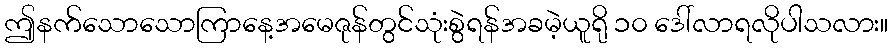
ဤနက်သောသောကြာနေ့အမေဇုန်တွင်သုံးစွဲရန်အခမဲ့ယူရို ၁၀ ဒေါ်လာရလိုပါသလား။